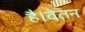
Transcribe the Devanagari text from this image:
है।वेतन